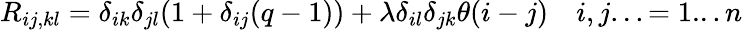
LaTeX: R_{ij,kl}=\delta_{ik}\delta_{jl}(1+\delta_{ij}(q-1))+\lambda\delta_{il}\delta_{jk}\theta(i-j)\quad i,j...=1...n